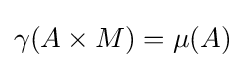
\gamma (A\times M)=\mu (A)